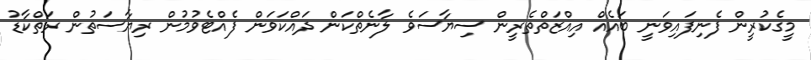
މީގެކުރީން ފެނިފައިވަނީ ބައެއް އިއްޒަތްތެރީން ސިޔާސަވެ ލާނެތްކަން ދައްކަވަން ފެއްޓެވުމުން ރިޔާސަތުން ރަތްކާޑު